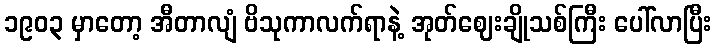
၁၉၀၃ မှာတော့ အီတာလျံ ဗိသုကာလက်ရာနဲ့ အုတ်ဈေးချိုသစ်ကြီး ပေါ်လာပြီး